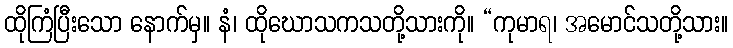
ထိုကြံပြီးသော နောက်မှ။ နံ၊ ထိုဃောသကသတို့သားကို။ “ကုမာရ၊ အမောင်သတို့သား။